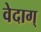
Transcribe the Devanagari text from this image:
वेदाग्